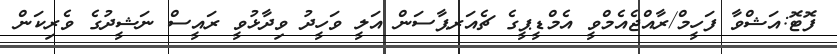
ފޮޓޮ:އަޝްވާ ފަހީމް/ރާއްޖެއެމްވީ އެމްޑީޕީގެ ޗެއަރޕާސަން އަލީ ވަހީދު ވިދާޅުވީ ރައީސް ނަޝީދުގެ ވެރިކަން